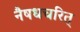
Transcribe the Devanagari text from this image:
नैषधचरित्‌